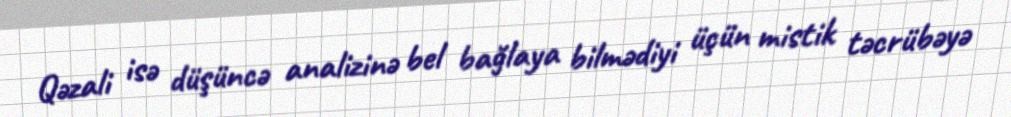
Qəzali isə düşüncə analizinə bel bağlaya bilmədiyi üçün mistik təcrübəyə